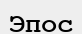
Эпос